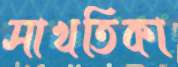
সাখতিকা